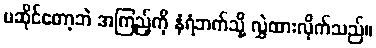
မဆိုင်တော့ဘဲ အကြည့်ကို နံရံဘက်သို့ လွှဲထားလိုက်သည်။